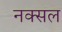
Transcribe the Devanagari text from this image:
नक्‍सल